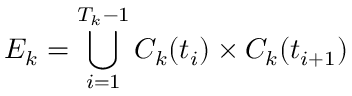
E _ { k } = \bigcup _ { i = 1 } ^ { T _ { k } - 1 } C _ { k } ( t _ { i } ) \times C _ { k } ( t _ { i + 1 } )